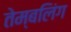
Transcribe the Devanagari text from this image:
तेम्बलिंग